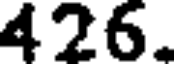
426.